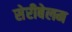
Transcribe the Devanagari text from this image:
सेरीबेलम